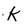
Character: K